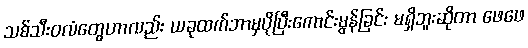
သစ်သီးဝလံတွေဟာလည်း ယခုထက်ဘာမှပိုပြီးကောင်းမွန်ခြင်း မရှိဘူးဆိုတာ ဖေဖေ